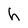
Character: h